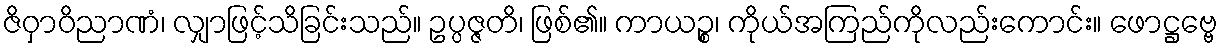
ဇိဝှာဝိညာဏံ၊ လျှာဖြင့်သိခြင်းသည်။ ဥပ္ပဇ္ဇတိ၊ ဖြစ်၏။ ကာယဉ္စ၊ ကိုယ်အကြည်ကိုလည်းကောင်း။ ဖောဋ္ဌဗ္ဗေ